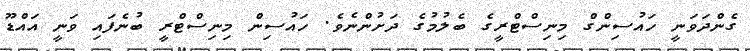
ގެންދަވަނީ ހައުސިންގް މިނިސްޓްރީގެ ބެލުމުގެ ދަށުންނެވެ. ހައުސިން މިނިސްޓްރީ ބުނެފައި ވަނީ އައްޑޫ